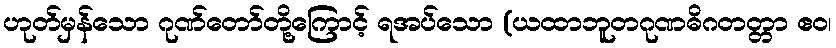
ဟုတ်မှန်သော ဂုဏ်တော်တို့ကြောင့် ရအပ်သော (ယထာဘူတဂုဏဓိဂတတ္တာ ဧဝ၊